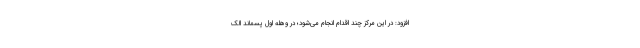
افزود: در این مرکز چند اقدام انجام می‌شود؛ در وهله اول پسماند الک